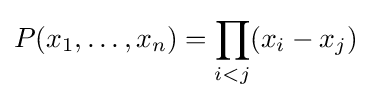
P(x_{1},\ldots ,x_{n})=\prod _{i<j}(x_{i}-x_{j})